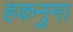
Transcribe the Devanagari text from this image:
हकनुमा